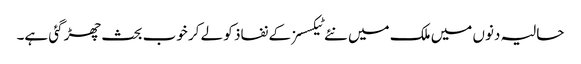
حالیہ دنوں میں ملک میں نئے ٹیکسسز کے نفاذ کو لے کر خوب بحث چھڑ گئی ہے۔